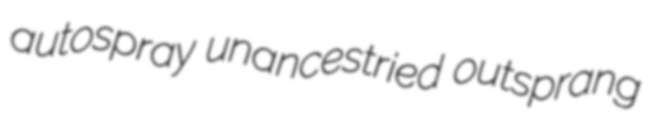
autospray unancestried outsprang